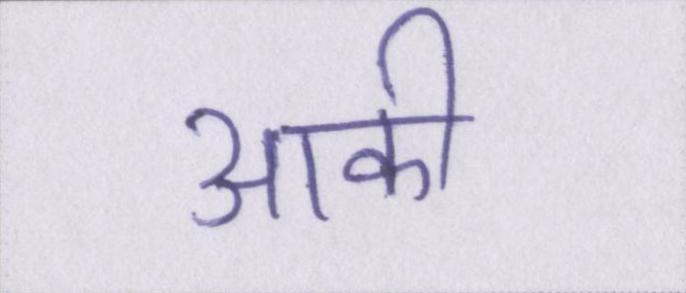
आकी